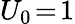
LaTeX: U_{0}\! =\! 1